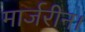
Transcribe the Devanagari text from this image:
मार्जरीन।